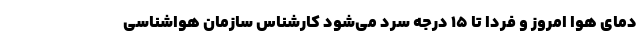
دمای هوا امروز و فردا تا ۱۵ درجه سرد می‌شود کارشناس سازمان هواشناسی